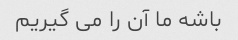
باشه ما آن را می گیریم